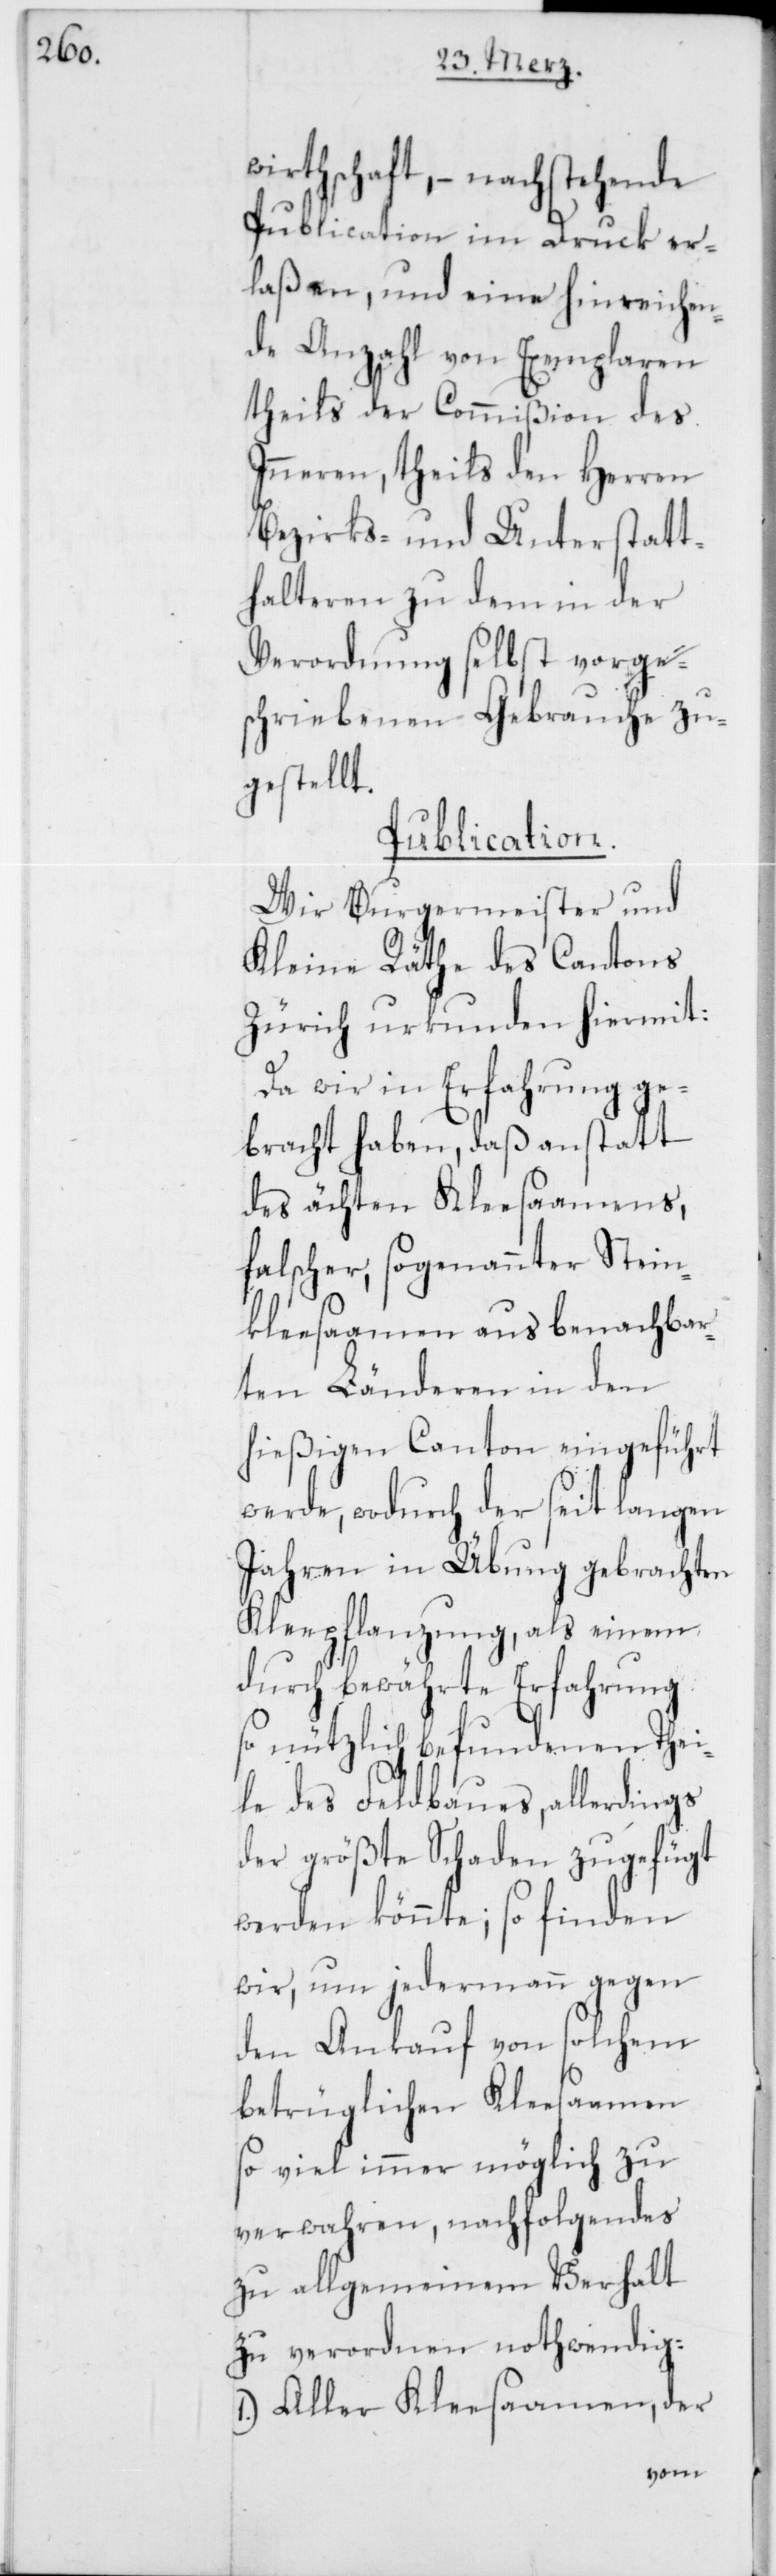
wirthschaft, – nachstehende
Publication im Druck er¬
laßen, und eine hinreichen¬
de Anzahl von Exemplaren
theils der Commißion des
Inneren, theils den Herren
Bezirks- und Unterstatt¬
halteren zu dem in der
Verordnung selbst vorge¬
schriebenen Gebrauche zu¬
gestellt.
Publication.
Wir Burgermeister und
Kleine Räthe des Cantons
Zürich urkunden hiermit:
Da wir in Erfahrung ge¬
bracht haben, daß anstatt
des ächten Kleesaamens,
falscher, sogenannter Stein¬
kleesaamen aus benachbar¬
ten Länderen in den
hießigen Canton eingeführt
werde, wodurch der seit langen
Jahren in Übung gebrachten
Kleepflanzung, als einem
durch bewährte Erfahrung
so nützlich befundenen Thei¬
le des Feldbaues, allerdings
der größte Schaden zugefügt
werden könnte; so finden
wir, um jedermann gegen
den Ankauf von solchem
betrüglichen Kleesaamen
so viel immer möglich zu
verwahren, nachfolgendes
zu allgemeinem Verhalt
zu verordnen nothwendig:
1.) Aller Kleesaamen, der